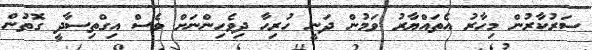
ސަރުކާރުން މިހާރު އެތައްޔާރު ވަމުން ދަނީ ހުރިހާ ދިވެހިންނަށް ވެސް އިގްތިސާދީ ގޮތުން